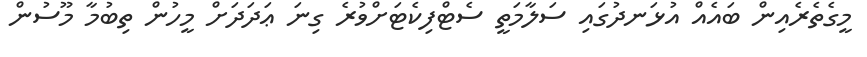
މީގެތެރެއިން ބައެއް އުޅަނދުގައި ސަލާމަތީ ސެޓްފިކެޓަށްވުރެ ގިނަ ޢަދަދަށް މީހުން ތިބުމާ މޫސުން